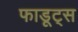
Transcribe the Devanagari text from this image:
फाडूट्स